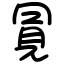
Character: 㒻